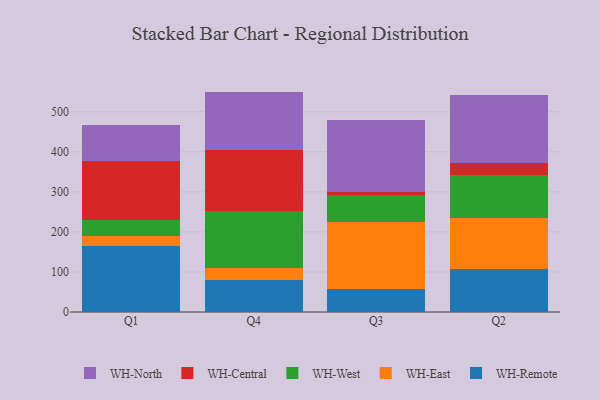
{"axis": {"x": "Quarter", "y": "Humidity (%)"}, "legend": ["WH-Central", "WH-East", "WH-North", "WH-Remote", "WH-West"], "data": [{"x": "Q1", "y": 163.6, "type": "WH-Remote"}, {"x": "Q1", "y": 26.8, "type": "WH-East"}, {"x": "Q1", "y": 40.2, "type": "WH-West"}, {"x": "Q1", "y": 146.9, "type": "WH-Central"}, {"x": "Q1", "y": 90.2, "type": "WH-North"}, {"x": "Q4", "y": 79.1, "type": "WH-Remote"}, {"x": "Q4", "y": 31.8, "type": "WH-East"}, {"x": "Q4", "y": 140.3, "type": "WH-West"}, {"x": "Q4", "y": 154.0, "type": "WH-Central"}, {"x": "Q4", "y": 145.2, "type": "WH-North"}, {"x": "Q3", "y": 56.8, "type": "WH-Remote"}, {"x": "Q3", "y": 168.7, "type": "WH-East"}, {"x": "Q3", "y": 66.2, "type": "WH-West"}, {"x": "Q3", "y": 8.3, "type": "WH-Central"}, {"x": "Q3", "y": 179.9, "type": "WH-North"}, {"x": "Q2", "y": 108.4, "type": "WH-Remote"}, {"x": "Q2", "y": 126.5, "type": "WH-East"}, {"x": "Q2", "y": 107.6, "type": "WH-West"}, {"x": "Q2", "y": 29.6, "type": "WH-Central"}, {"x": "Q2", "y": 170.0, "type": "WH-North"}]}